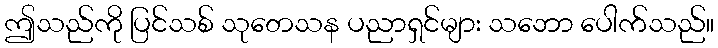
ဤသည်ကို ပြင်သစ် သုတေသန ပညာရှင်များ သဘော ပေါက်သည်။